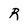
Character: R